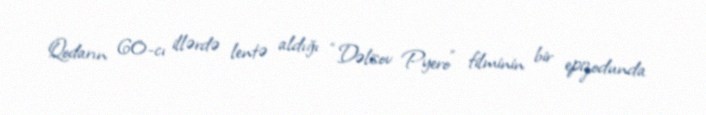
Qodarın 60-cı illərdə lentə aldığı “Dəlisov Pyero” filminin bir epizodunda